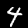
Digit: 4